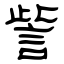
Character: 訾